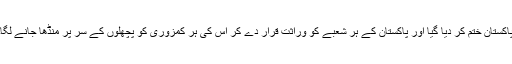
پاکستان ختم کر دیا گیا اور پاکستان کے ہر شعبے کو وراثت قرار دے کر اس کی ہر کمزوری کو پچھلوں کے سر پر منڈھا جانے لگا۔